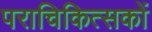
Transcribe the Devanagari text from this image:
पराचिकित्सकों